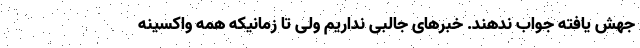
جهش یافته جواب ندهند. خبرهای جالبی نداریم ولی تا زمانیکه همه واکسینه